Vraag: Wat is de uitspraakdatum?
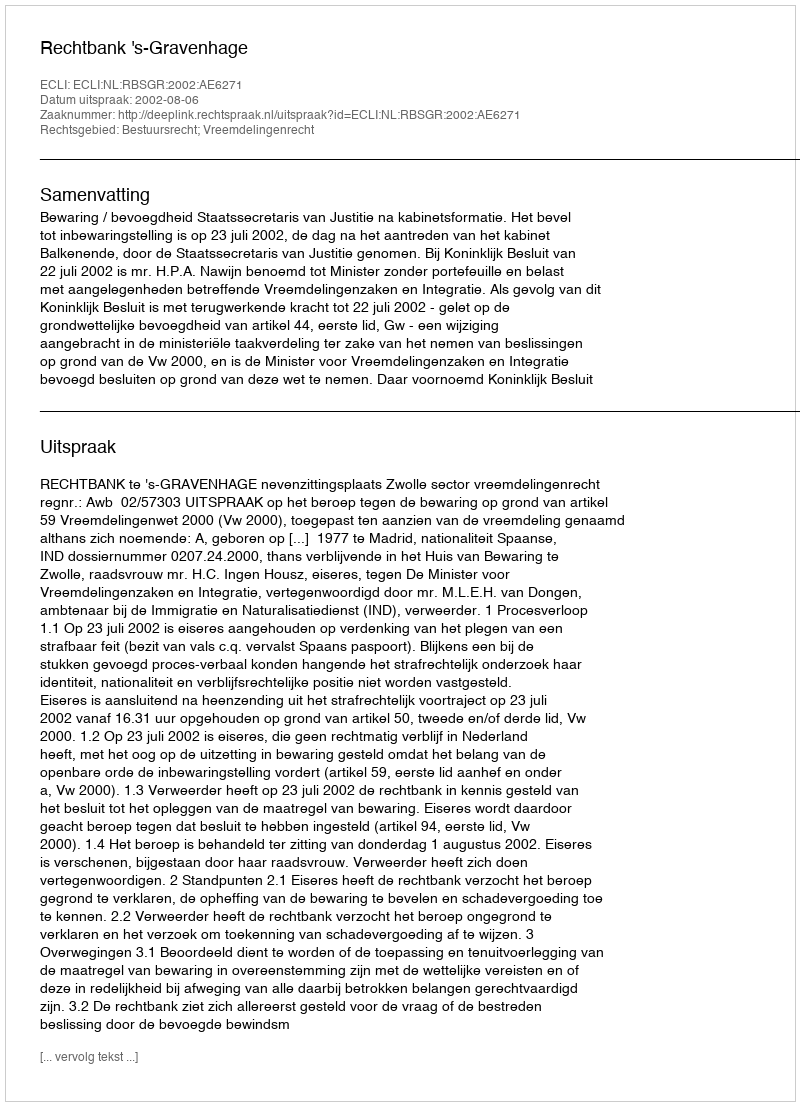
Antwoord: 2002-08-06